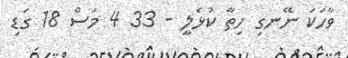
ވާހަކަ ނޭނގި ހިތާ ކުޅެލީ - 33 4 މަސް 18 ގަޑި